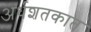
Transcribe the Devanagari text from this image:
अर्धशतकात